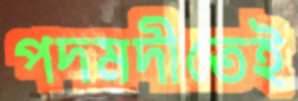
পদমদীতেই